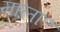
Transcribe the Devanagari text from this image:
माला॰